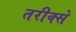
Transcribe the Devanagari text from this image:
तरीक्से